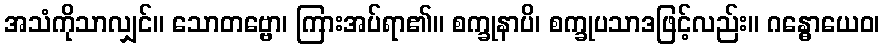
အသံကိုသာလျှင်။ သောတဗ္ဗော၊ ကြားအပ်ရာ၏။ စက္ခုနာပိ၊ စက္ခုပသာဒဖြင့်လည်း။ ဂန္ဓောယေဝ၊